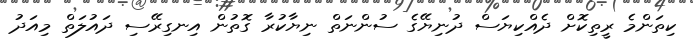
ކިތަންމެ ރީތިކޮށް ދެއްކިޔަސް ދުނިޔޭގެ ސުންނަތް ނިޔާކުރާ ގޮތުން އިނގިރޭސި ދައުލަތް މިއަދު